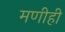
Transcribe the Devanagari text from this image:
मणीही